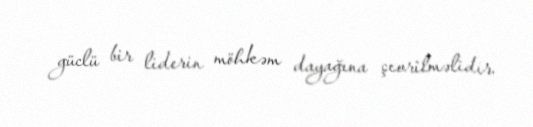
güclü bir liderin möhkəm dayağına çevrilməlidir.